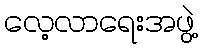
လေ့လာရေးအဖွဲ့